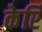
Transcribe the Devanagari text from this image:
केरि